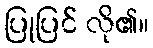
ပြုပြင် လို၏။